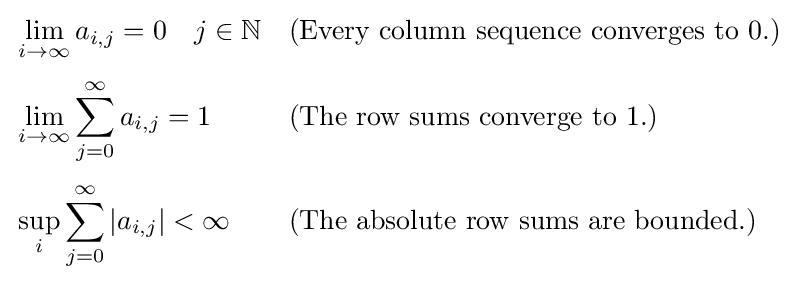
{\begin{aligned}&\lim _{i\to \infty }a_{i,j}=0\quad j\in \mathbb {N} &&{\text{(Every column sequence converges to 0.)}}\\[3pt]&\lim _{i\to \infty }\sum _{j=0}^{\infty }a_{i,j}=1&&{\text{(The row sums converge to 1.)}}\\[3pt]&\sup _{i}\sum _{j=0}^{\infty }\vert a_{i,j}\vert <\infty &&{\text{(The absolute row sums are bounded.)}}\end{aligned}}